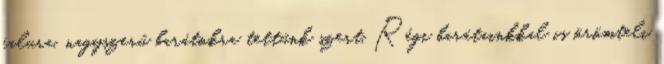
falura, nagyszerű barátokra tettünk szert. Régi barátainkkal is örömteli